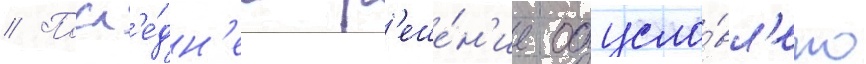
// Посл'е́дн'ее р'еше́н'ие обусло́вл'ено